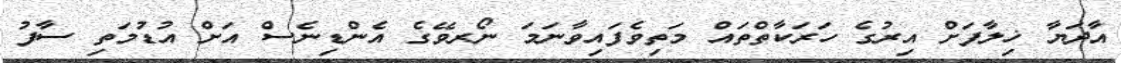
އާދަޔާ ޚިލާފަށް އިރުގެ ހަރަކާތްތައް މަތިވެފައިވާނަމަ ނޯރވޭގެ އެންޑިނެސް އަށް އުޑުމަތި ސާފު